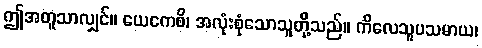
ဤအတူသာလျှင်။ ယေကေစိ၊ အလုံးစုံသောသူတို့သည်။ ကိလေသူပသမာယ၊